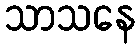
သာသနေ